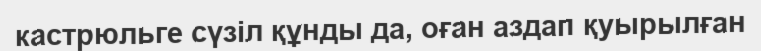
кастрюльге сүзіл құнды да, оған аздап қуырылған